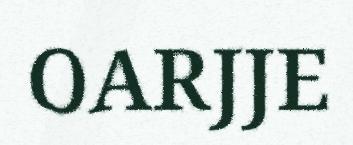
OARJJE